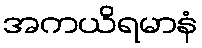
အကယိရမာနံ